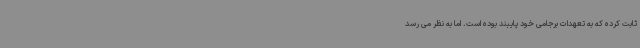
ثابت کرده که به تعهدات برجامی خود پایبند بوده است. اما به نظر می رسد